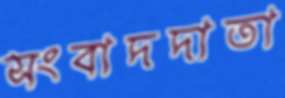
সংবাদদাতা